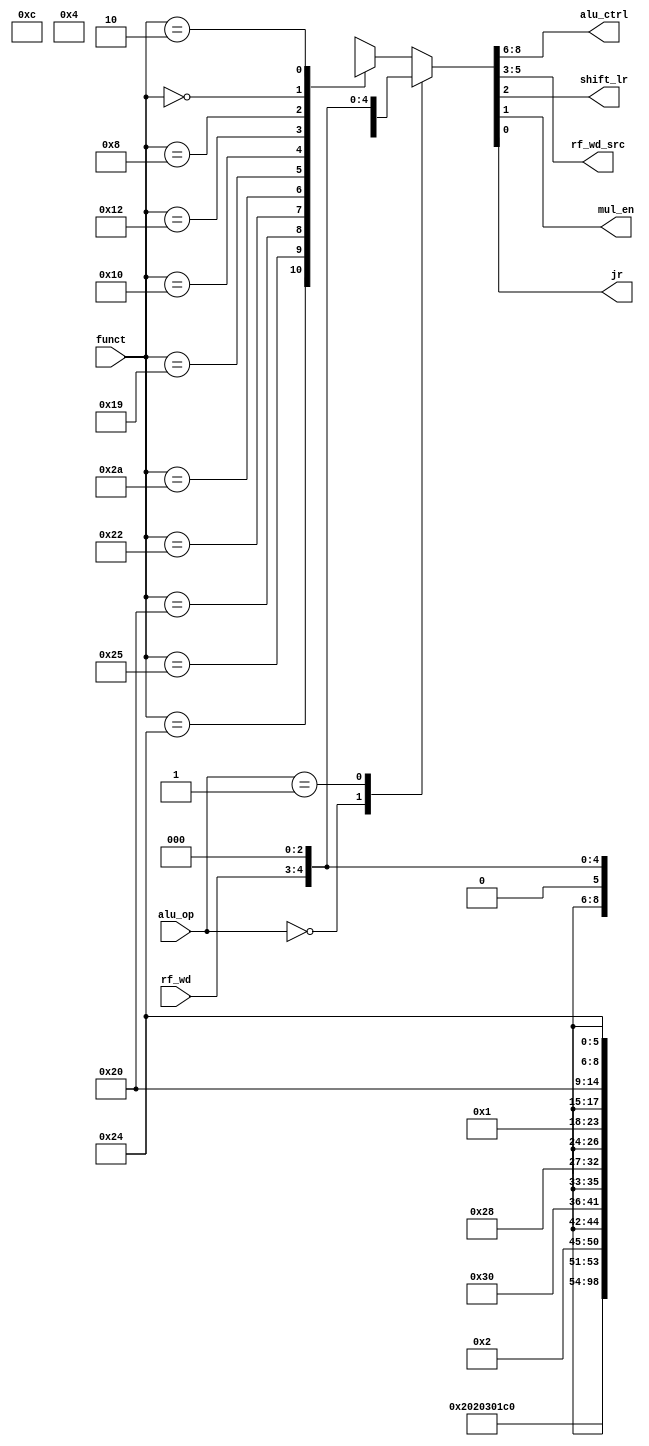
module auxdec (
        input  wire [1:0] alu_op,
        input  wire [5:0] funct,
        input  wire [1:0] rf_wd,
        output wire [2:0] alu_ctrl,
        output wire [2:0] rf_wd_src,
        output wire       shift_lr,
        output wire       mul_en,
        output wire       jr
    );

    reg [8:0] ctrl;

    assign {alu_ctrl, rf_wd_src, shift_lr, mul_en, jr} = ctrl;

    always @ (alu_op, funct, rf_wd) begin
        case (alu_op)
            2'b00: ctrl = {3'b010, {1'b0, rf_wd}, 3'b0};          // alu add
            2'b01: ctrl = {3'b110, {1'b0, rf_wd}, 3'b0};          // alu sub 
            default: case (funct)
                6'b10_0100: ctrl = 9'b000_000_0_0_0; // AND
                6'b10_0101: ctrl = 9'b001_000_0_0_0; // OR
                6'b10_0000: ctrl = 9'b010_000_0_0_0; // ADD
                6'b10_0010: ctrl = 9'b110_000_0_0_0; // SUB
                6'b10_1010: ctrl = 9'b111_000_0_0_0; // SLT
                
                6'b01_1001: ctrl = 9'bxxx_000_0_1_0; // MULTU
                6'b01_0000: ctrl = 9'bxxx_110_0_0_0; // MFHI
                6'b01_0010: ctrl = 9'bxxx_101_0_0_0; // MFLO
                6'b00_1000: ctrl = 9'bxxx_000_0_0_1; // JR
                6'b00_0000: ctrl = 9'bxxx_100_0_0_0; // SLL
                6'b00_0010: ctrl = 9'bxxx_100_1_0_0; // SRL
                
                default:    ctrl = {3'bxxx, {1'b0, rf_wd}, 3'b0};
            endcase
        endcase
    end

endmodule